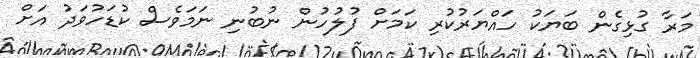
މަރާ ގުޅިގެން ބަޔަކު ހައްޔަރުކުރި ކަމަށް ފުލުހުން ނުބުނި ނަމަވެސް ކުޑަހުވަދު އަށް